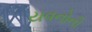
યવનોની